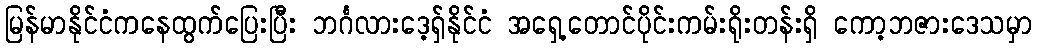
မြန်မာနိုင်ငံကနေထွက်ပြေးပြီး ဘင်္ဂလားဒေ့ရှ်နိုင်ငံ အရှေ့တောင်ပိုင်းကမ်းရိုးတန်းရှိ ကော့ဘဇားဒေသမှာ